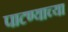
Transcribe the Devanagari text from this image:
पाटण्याच्या